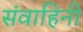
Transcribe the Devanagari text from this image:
संवाहिनी